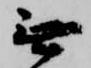
無